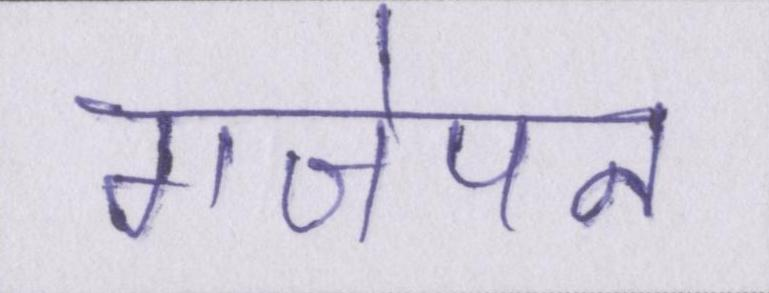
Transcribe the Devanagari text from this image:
गंजेपन